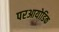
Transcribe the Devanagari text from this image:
परआयोडिक